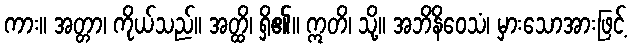
ကား။ အတ္တာ၊ ကိုယ်သည်။ အတ္ထိ၊ ရှိ၏။ ဣတိ၊ သို့။ အဘိနိဝေသံ၊ မှားသောအားဖြင့်